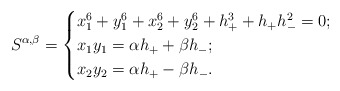
\begin{align*}S^{\alpha,\beta}=\begin{cases}x_1^6+y_1^6+x_2^6+y_2^6+h_+^3+h_+h_-^2=0;\\x_1y_1=\alpha h_++\beta h_-;\\x_2y_2=\alpha h_+-\beta h_-.\end{cases}\end{align*}